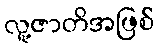
လူ့ဇာတိအဖြစ်